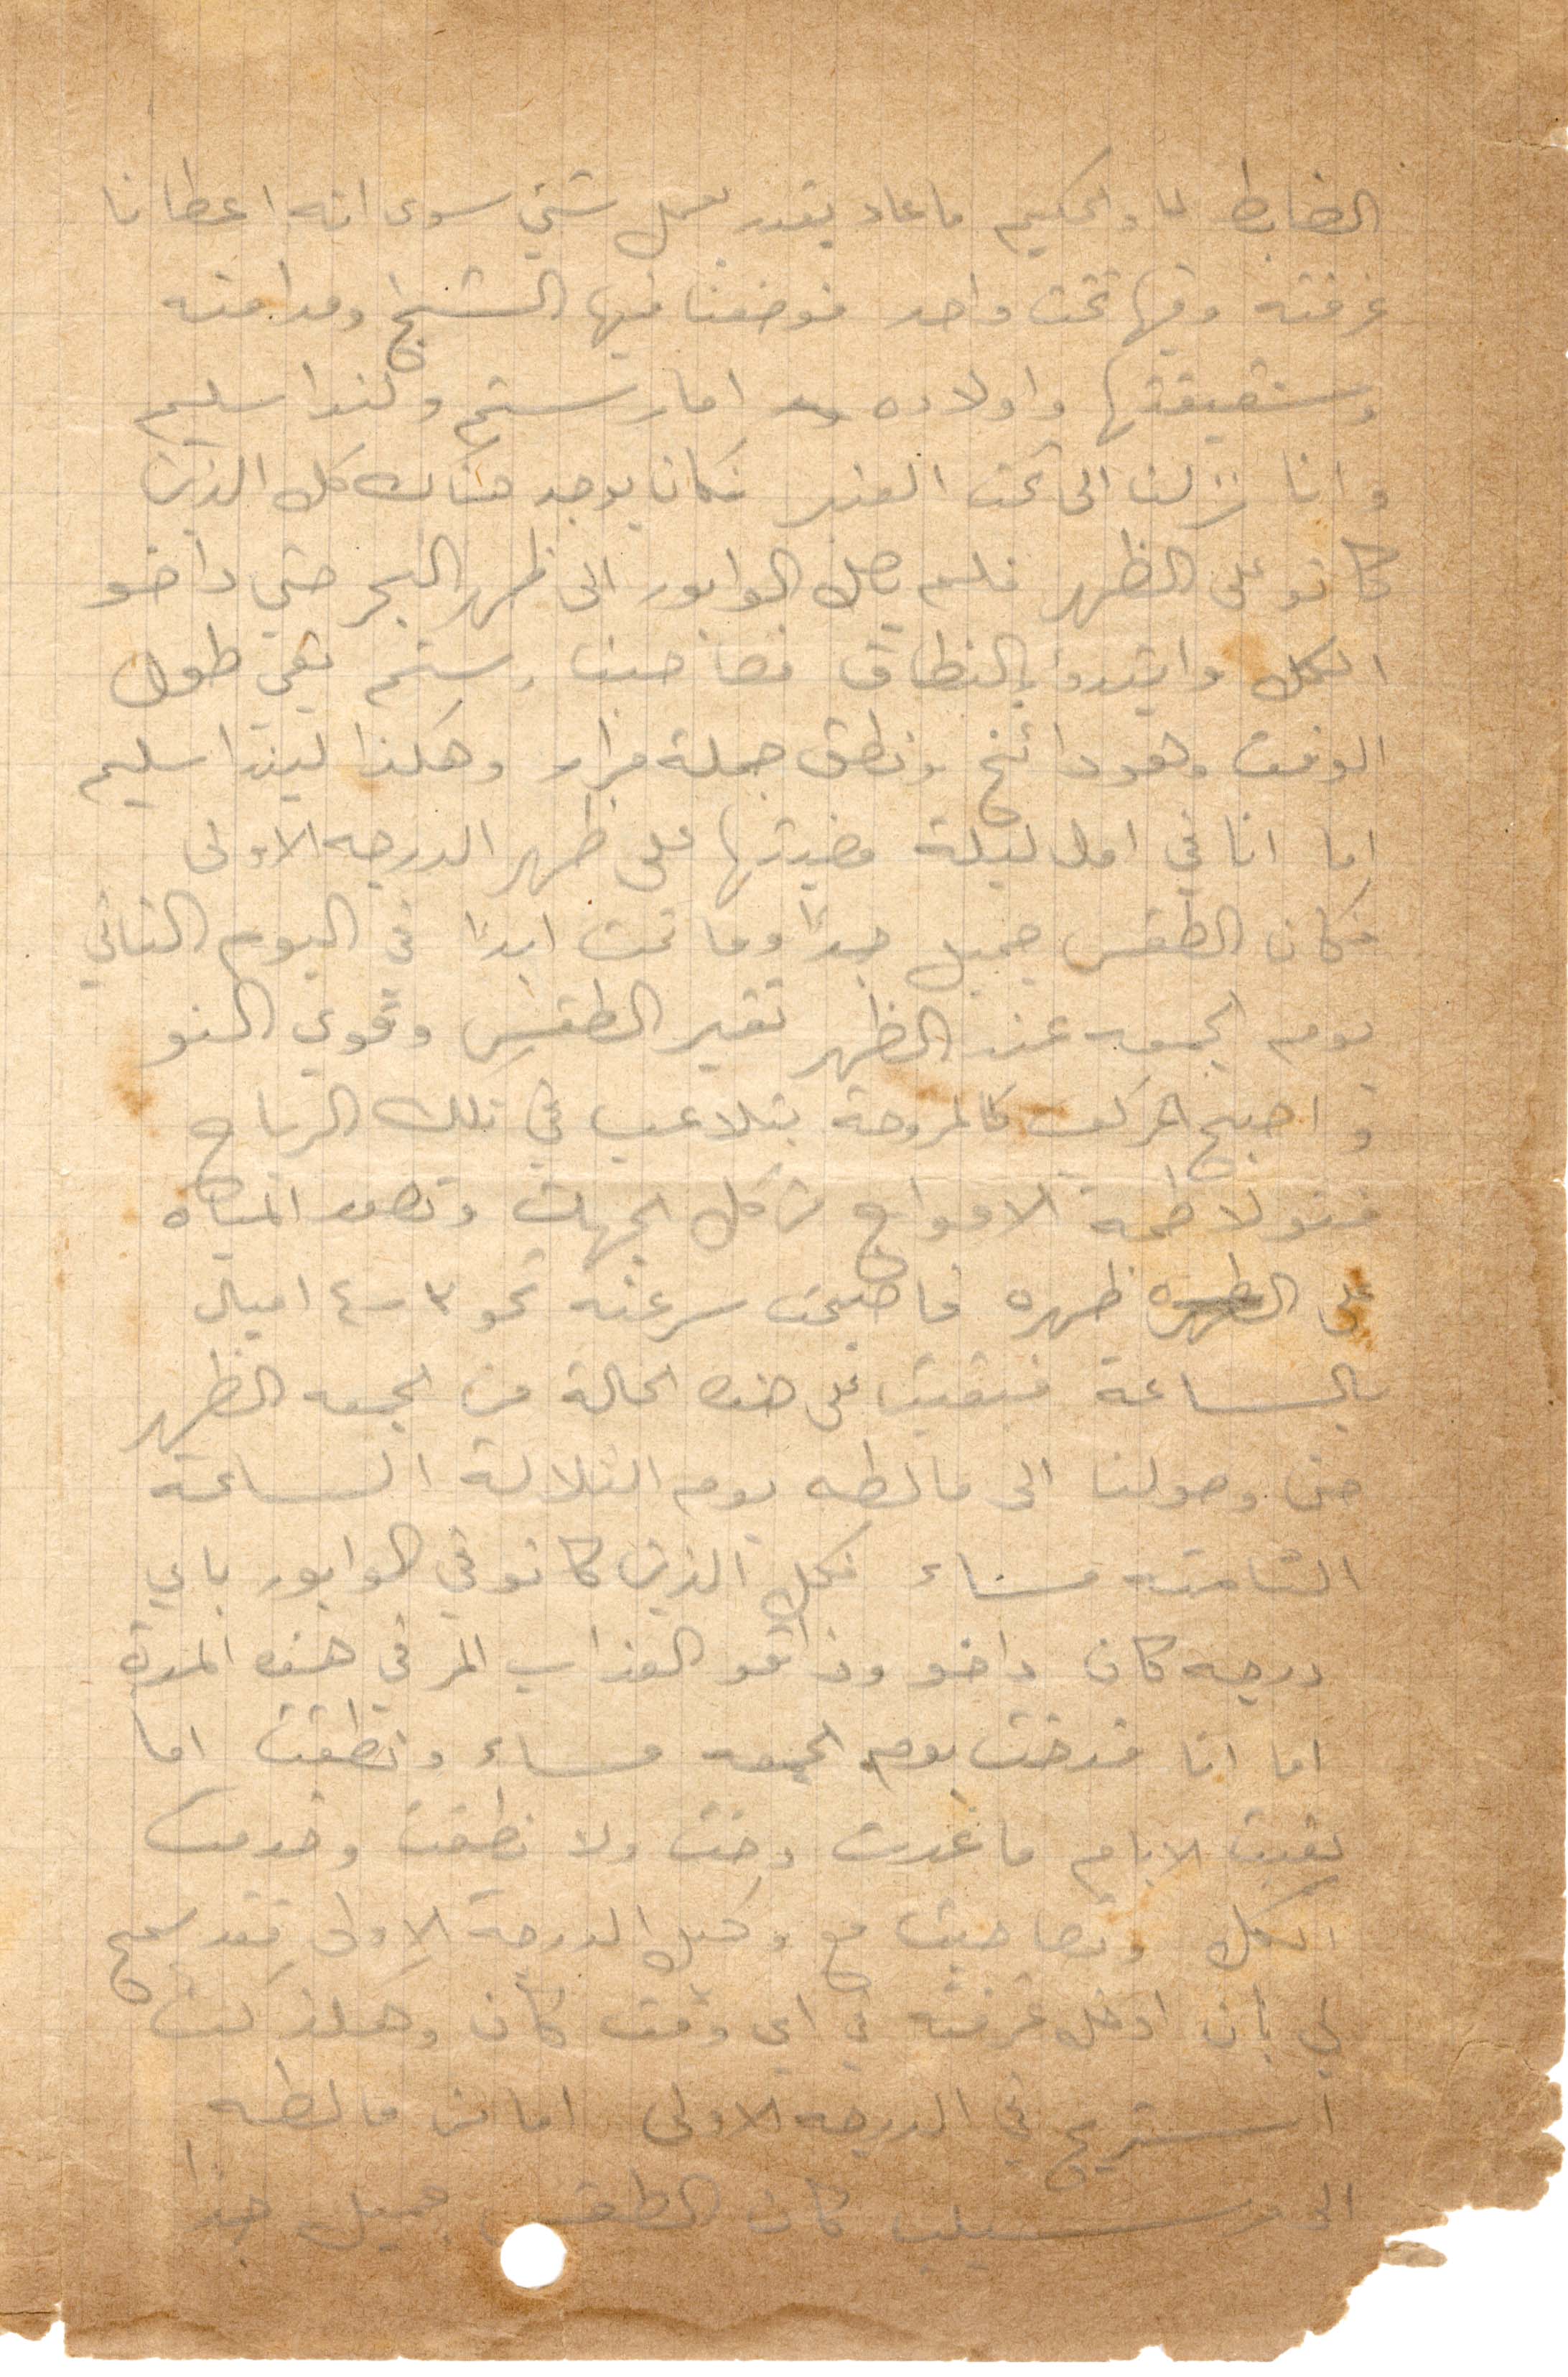
لضابط والحكيم ما عاد يقدر يعمل شي سوى انه اعطانا
غرفته وفيها تخت واحد فوضعنا فيها الشيخ ومدامته
وشقيقتها وأولاده اما رستم ولندا سليم
وانا نزلنا الى تحت العنبر غكان يوجد هناك كل الذين
كانوا على الظهر فلم يصل الوابور الى ظهر البحر حتى داخو
الكل وابتدؤ بالنطاق فصاحبنا رستم بقي طول
الوقت وهو دائخ ونطق جملة فرار وهكذا ليندا سليم
أما انا في اول ليلة قضيتها على ظهر الدرجة الأولى
فكان الطقس جميل جدًا وما تخت ابدًا في اليوم الثاني
يوم الجمعة عند الظهر تغير الطقس وقوي النو
واصبح المركب كالمروحة يتلاعب في تلك الرياح
فتولاطمة الأمواج من كل الجهات وتصور المياه
على ظهره فاصبحت سرعته نحو ٣ - ٤ اميال
بالساعة فبقينا على هذه الحالة من الجمعة الظهر
حتى وصولنا الى مالطه يوم الثلالة الساعة
الثامنة مساء فكل الذين كانوا في الوابور باي
درجة كانو داخو وذاقو العذاب المر في هذه المدة
اما انا فدخت يوم الجمعة مساء ونطقت اما
بقيت الأيام ما عدت دخت ولا نطقت وخدمت
بكل وتصاحبت مع وكيل الدرجة الأولى بعد سمح
لي بان ادخل غرفته في أي وقت كان وهكذا كنت
استريح في الدرجة الأولى اما من مالطه
الى مرسيليا كان الطقس جميل جدًا